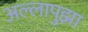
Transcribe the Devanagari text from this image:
अल्लापुझा